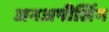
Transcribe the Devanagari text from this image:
अनअपीलिंग